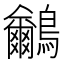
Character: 𪈕